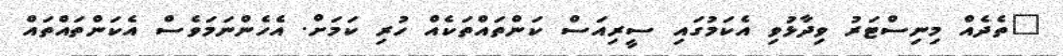
"ތެދެއް މިނިސްޓަރު ވިދާޅުވި އެކަމުގައި ސީރިއަސް ކަންތައްތަކެއް ހުރި ކަމަށް. އެހެންނަމަވެސް އެކަންތައްތައް